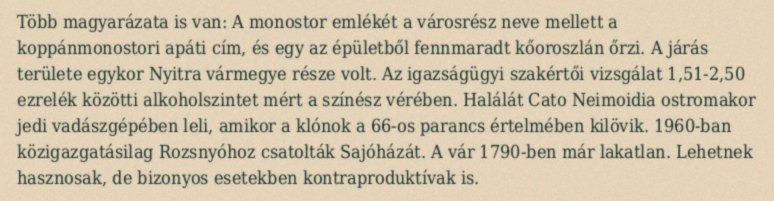
Több magyarázata is van: A monostor emlékét a városrész neve mellett a koppánmonostori apáti cím, és egy az épületből fennmaradt kőoroszlán őrzi. A járás területe egykor Nyitra vármegye része volt. Az igazságügyi szakértői vizsgálat 1,51-2,50 ezrelék közötti alkoholszintet mért a színész vérében. Halálát Cato Neimoidia ostromakor jedi vadászgépében leli, amikor a klónok a 66-os parancs értelmében kilövik. 1960-ban közigazgatásilag Rozsnyóhoz csatolták Sajóházát. A vár 1790-ben már lakatlan. Lehetnek hasznosak, de bizonyos esetekben kontraproduktívak is.